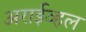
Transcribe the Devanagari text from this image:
अराईव्हल